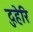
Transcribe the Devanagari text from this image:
दुहेरि